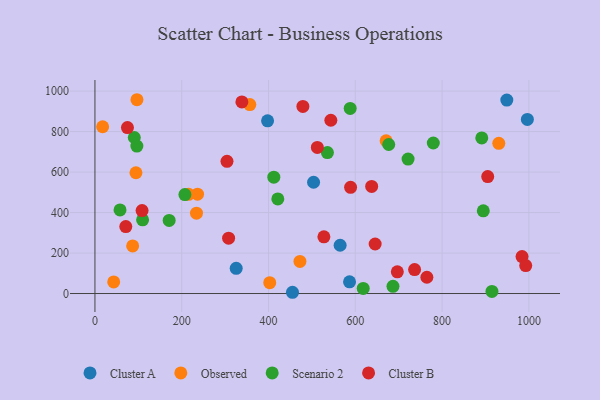
{"axis": {"x": "Ad Spend", "y": "Profit"}, "legend": ["Cluster A", "Cluster B", "Observed", "Scenario 2"], "data": [{"x": "455.2", "y": 6.2, "type": "Cluster A"}, {"x": "586.7", "y": 57.8, "type": "Cluster A"}, {"x": "565.0", "y": 238.5, "type": "Cluster A"}, {"x": "397.8", "y": 853.2, "type": "Cluster A"}, {"x": "325.5", "y": 124.5, "type": "Cluster A"}, {"x": "996.5", "y": 859.7, "type": "Cluster A"}, {"x": "503.8", "y": 549.7, "type": "Cluster A"}, {"x": "949.1", "y": 955.6, "type": "Cluster A"}, {"x": "215.8", "y": 489.8, "type": "Observed"}, {"x": "17.7", "y": 823.7, "type": "Observed"}, {"x": "930.6", "y": 742.0, "type": "Observed"}, {"x": "86.9", "y": 235.2, "type": "Observed"}, {"x": "402.8", "y": 53.8, "type": "Observed"}, {"x": "472.4", "y": 158.4, "type": "Observed"}, {"x": "96.8", "y": 957.2, "type": "Observed"}, {"x": "43.2", "y": 57.5, "type": "Observed"}, {"x": "671.0", "y": 754.7, "type": "Observed"}, {"x": "94.5", "y": 596.6, "type": "Observed"}, {"x": "234.0", "y": 396.9, "type": "Observed"}, {"x": "236.4", "y": 490.8, "type": "Observed"}, {"x": "356.9", "y": 933.2, "type": "Observed"}, {"x": "588.2", "y": 914.0, "type": "Scenario 2"}, {"x": "57.8", "y": 412.7, "type": "Scenario 2"}, {"x": "894.9", "y": 408.6, "type": "Scenario 2"}, {"x": "421.4", "y": 467.2, "type": "Scenario 2"}, {"x": "535.7", "y": 696.0, "type": "Scenario 2"}, {"x": "618.2", "y": 25.0, "type": "Scenario 2"}, {"x": "96.6", "y": 728.4, "type": "Scenario 2"}, {"x": "207.3", "y": 488.5, "type": "Scenario 2"}, {"x": "171.0", "y": 361.2, "type": "Scenario 2"}, {"x": "90.7", "y": 770.6, "type": "Scenario 2"}, {"x": "109.8", "y": 364.0, "type": "Scenario 2"}, {"x": "891.4", "y": 768.5, "type": "Scenario 2"}, {"x": "721.6", "y": 664.1, "type": "Scenario 2"}, {"x": "686.8", "y": 35.7, "type": "Scenario 2"}, {"x": "677.0", "y": 736.0, "type": "Scenario 2"}, {"x": "914.9", "y": 10.5, "type": "Scenario 2"}, {"x": "412.2", "y": 574.5, "type": "Scenario 2"}, {"x": "779.7", "y": 743.4, "type": "Scenario 2"}, {"x": "308.0", "y": 273.4, "type": "Cluster B"}, {"x": "905.1", "y": 577.8, "type": "Cluster B"}, {"x": "736.6", "y": 118.2, "type": "Cluster B"}, {"x": "984.2", "y": 182.4, "type": "Cluster B"}, {"x": "645.7", "y": 244.6, "type": "Cluster B"}, {"x": "696.8", "y": 107.4, "type": "Cluster B"}, {"x": "589.1", "y": 524.3, "type": "Cluster B"}, {"x": "527.6", "y": 280.3, "type": "Cluster B"}, {"x": "71.1", "y": 330.9, "type": "Cluster B"}, {"x": "74.9", "y": 819.7, "type": "Cluster B"}, {"x": "338.6", "y": 946.2, "type": "Cluster B"}, {"x": "637.7", "y": 528.9, "type": "Cluster B"}, {"x": "479.2", "y": 924.0, "type": "Cluster B"}, {"x": "992.7", "y": 138.1, "type": "Cluster B"}, {"x": "764.9", "y": 80.5, "type": "Cluster B"}, {"x": "543.6", "y": 855.8, "type": "Cluster B"}, {"x": "512.5", "y": 721.8, "type": "Cluster B"}, {"x": "108.6", "y": 409.8, "type": "Cluster B"}, {"x": "304.3", "y": 653.1, "type": "Cluster B"}]}